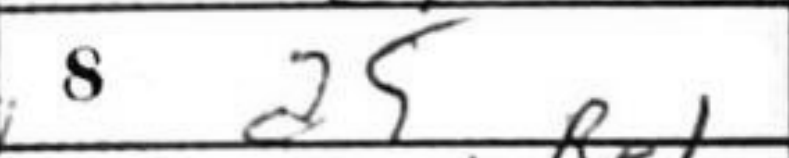
Transcription: a5